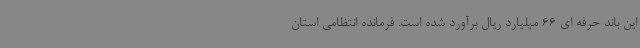
این باند حرفه ای 66 میلیارد ریال برآورد شده است. فرمانده انتظامی استان